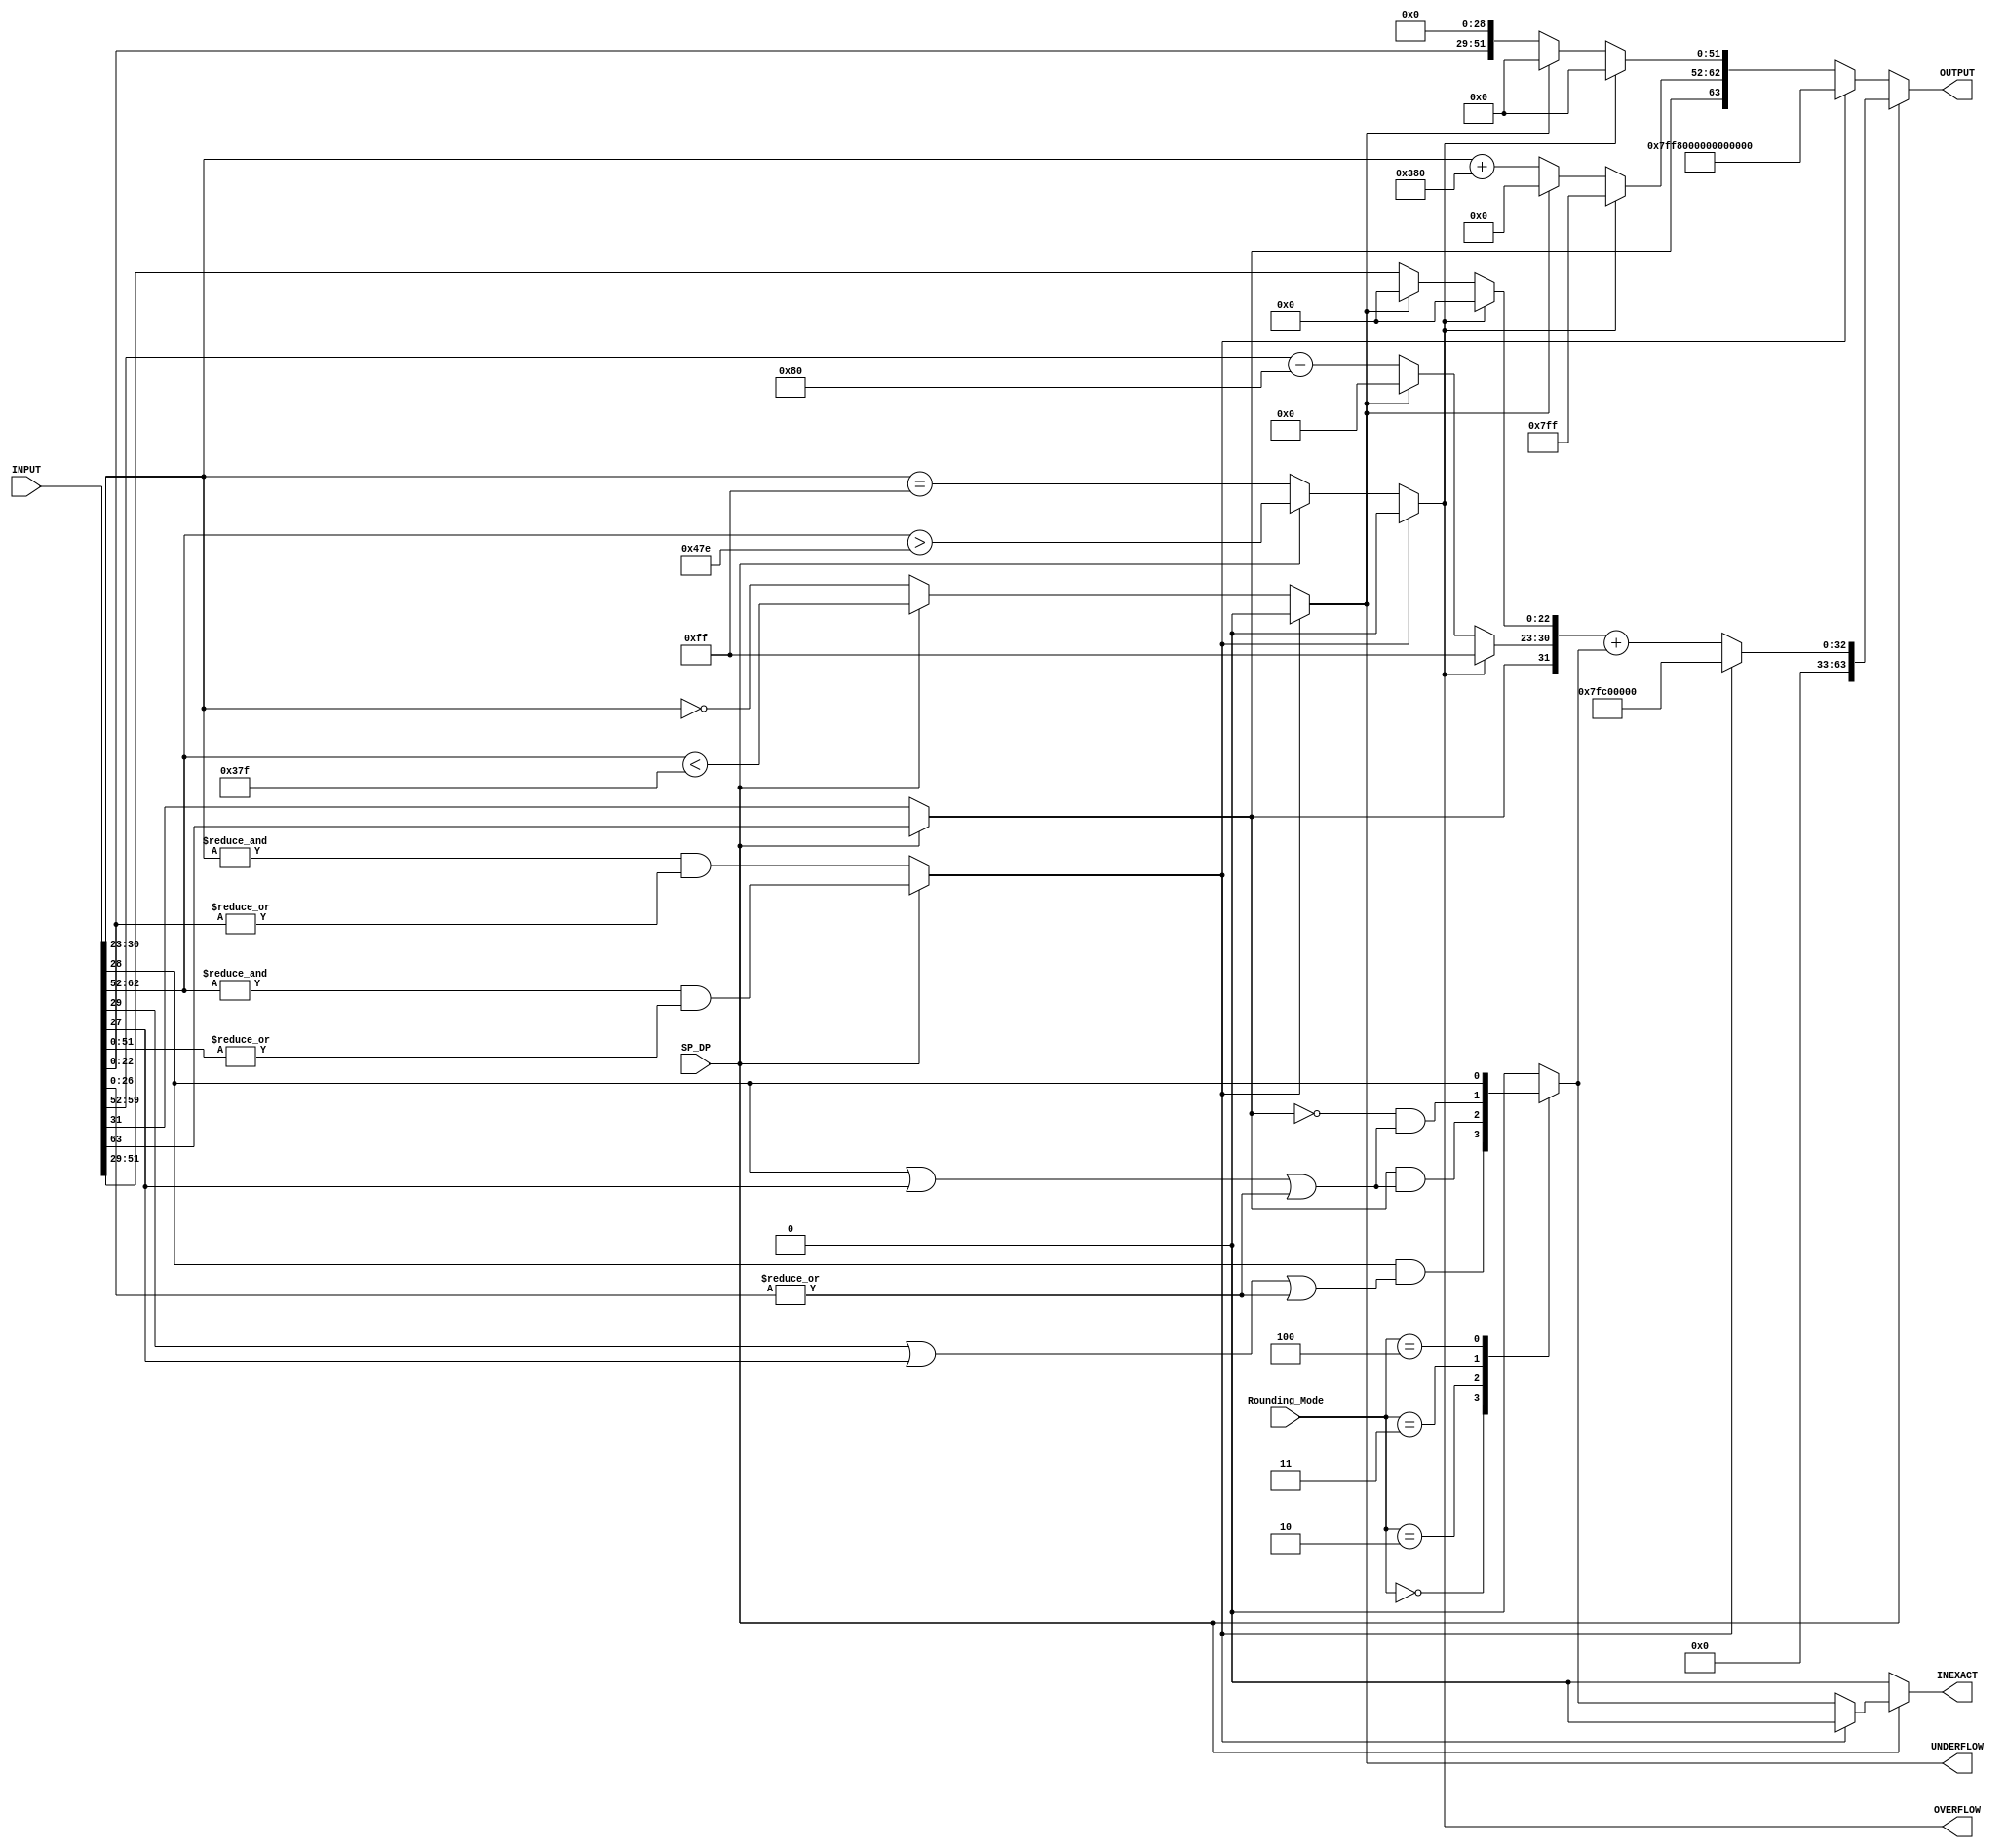
//******************************************************************************
// Copyright (c) 2014 - 2018, 2019 - 2021, Indian Institute of Science, Bangalore.
// All Rights Reserved. See LICENSE for license details.
//------------------------------------------------------------------------------

// Contributors
// Naveen Chander V (naveenv@alum.iisc.ac.in)
// Akshay Birari (akshay@alum.iisc.ac.in), Piyush Birla (piyush@alum.iisc.ac.in)
// Suseela Budi (suseela@alum.iisc.ac.in), Pradeep Gupta (gupta@alum.iisc.ac.in)
// Kavya Sharat (kavyasharat@alum.iisc.ac.in), Sumeet Bandishte (sumeet.bandishte30@gmail.com)
// Kuruvilla Varghese (kuru@iisc.ac.in)
`timescale 1ns / 1ps

`define RNE 3'b000
`define RZ  3'b001
`define RDN 3'b010                    
`define RUP 3'b011
`define RMM 3'b100

`define QNaN_DP 64'h7FF8000000000000
`define QNaN_SP 32'h7FC00000

module FP_to_FP
(
    input [63:0] INPUT,
    input [2:0] Rounding_Mode,
    input SP_DP,
    output reg [63:0] OUTPUT,
    output reg OVERFLOW,                        
    output reg UNDERFLOW,
    output reg INEXACT
);

wire [10:0] Zero_Exp_DP = {10{1'b1}};

wire sign = SP_DP ? INPUT[63] : INPUT[31];

wire [7:0] exp_INPUT_SP = INPUT[30:23];	
wire [10:0] exp_INPUT_DP = INPUT[62:52];

wire [22:0] man_INPUT_SP = INPUT[22:0];
wire [51:0] man_INPUT_DP = INPUT[51:0];

wire INPUT_NaN = SP_DP ? ((&exp_INPUT_DP) & (|man_INPUT_DP)) : ((&exp_INPUT_SP) & (|man_INPUT_SP));

always @(*) begin
    if(INPUT_NaN == 1'b1) begin
       OVERFLOW  <= 1'b0;
       UNDERFLOW <= 1'b0;
    end
    else if(SP_DP==1) begin
       OVERFLOW  <= exp_INPUT_DP > (Zero_Exp_DP + 127);
       UNDERFLOW <= exp_INPUT_DP < (Zero_Exp_DP - 128);	
    end
    else begin
       OVERFLOW  <= (exp_INPUT_SP == 8'hFF);
       UNDERFLOW <= (exp_INPUT_SP == 8'h00);
    end
end	

wire [7:0] exp_SP = OVERFLOW ? {8{1'b1}} : UNDERFLOW ? {8{1'b0}} : (exp_INPUT_DP - 896);
wire [22:0] man_SP = OVERFLOW ? {23{1'b0}} : UNDERFLOW ? {23{1'b0}} : man_INPUT_DP[51:29];

wire [10:0] exp_DP = OVERFLOW ? {11{1'b1}} : UNDERFLOW ? {11{1'b0}} : ({3'b000,exp_INPUT_SP} + 896);
wire [51:0] man_DP = OVERFLOW ? {23{1'b0}} : UNDERFLOW ? {23{1'b0}} : {man_INPUT_SP,{29{1'b0}}};

wire LSB = man_INPUT_DP[29];
wire Guard = man_INPUT_DP[28];          
wire Round = man_INPUT_DP[27];
wire Sticky = |man_INPUT_DP[26:0];
reg Add_Rounding_Bit;


always @(*) begin
    case(Rounding_Mode)
        `RNE : begin
                Add_Rounding_Bit <= Guard & (LSB | Round | Sticky);
                end
        `RZ  : begin
                Add_Rounding_Bit <= 1'b0;
                end
        `RDN : begin
                Add_Rounding_Bit <= (sign & (Guard | Round | Sticky));
                end
        `RUP : begin
                Add_Rounding_Bit <= ((~sign) & (Guard | Round | Sticky));
                end
        `RMM : begin
                Add_Rounding_Bit <= Guard;
                end
        default: begin
                Add_Rounding_Bit <= 1'b0;
                end        
    endcase;
end

always @(*) begin
    if(SP_DP == 1) begin
        if(INPUT_NaN == 1'b1) begin
            OUTPUT <= {{32{1'b0}},`QNaN_SP};
            INEXACT <= 1'b0;
        end
        else begin
            OUTPUT <= {{32{1'b0}},sign,exp_SP,man_SP} + Add_Rounding_Bit;
            INEXACT <= Add_Rounding_Bit;
        end
    end
    else begin
        if(INPUT_NaN == 1'b1) begin
            OUTPUT <= `QNaN_DP;
            INEXACT <= 1'b0;
        end
        else begin
            OUTPUT <= {sign,exp_DP,man_DP};   
            INEXACT <= 1'b0;
        end
    end
end

endmodule